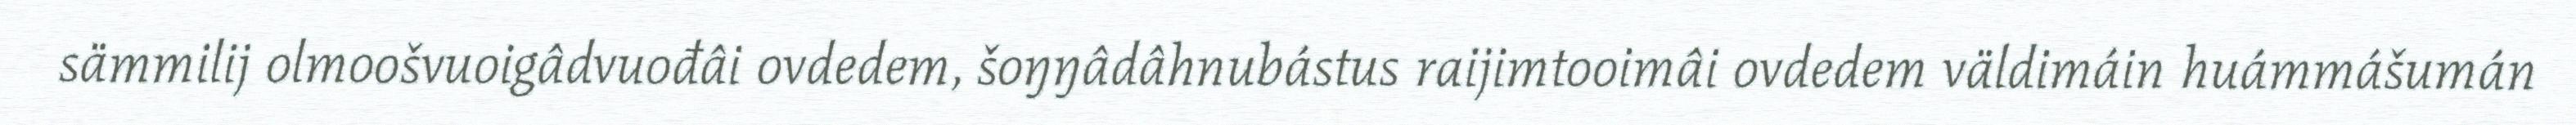
sämmilij olmoošvuoigâdvuođâi ovdedem, šoŋŋâdâhnubástus raijimtooimâi ovdedem väldimáin huámmášumán